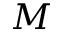
M